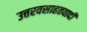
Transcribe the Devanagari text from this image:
उत्तरवसाहतवादी